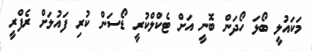
މަކައުލީ ބޯޅަ ހޯދަން ބޮނީ އަށް ޓެކްލްކުރީ ޑޯސަން ކުރި ފައުލަށް ރެފްރީ